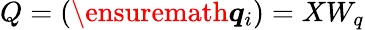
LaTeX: Q=(\ensuremath{\boldsymbol{q}}_{i})=XW_{q}